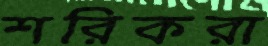
শরিকরা